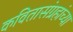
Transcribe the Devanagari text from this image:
कवितासंग्रहांच्या